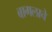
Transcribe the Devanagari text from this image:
बागलाचे